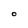
Character: O